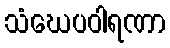
သံဃေပဝါရဏာ